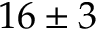
1 6 \pm 3